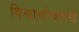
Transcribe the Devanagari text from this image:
विश्वासोबतचे